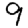
Digit: 9